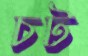
চট